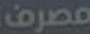
مصرف